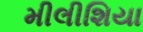
મીલીશિયા